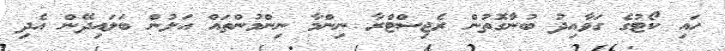
ހައި ކޯޓުގެ ގަވާއިދު ބުނާގޮތުން ރެޖިސްޓްރާ ނިންމާ ނިންމުންތައް އަލުން ބަލައިދޭން އެދި